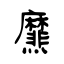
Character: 爢